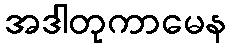
အဒါတုကာမေန